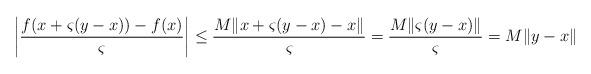
LaTeX: \begin{align*}\left|\frac{f(x+\varsigma(y-x))-f(x)}{\varsigma}\right|\le\frac{M\|x+\varsigma(y-x)-x\|}{\varsigma}=\frac{M\|\varsigma(y-x)\|}{\varsigma}=M\|y-x\|\end{align*}